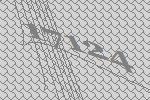
17124